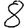
Digit: 8